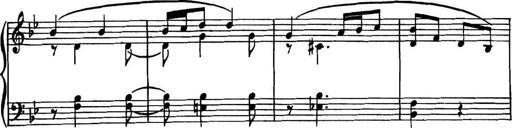
Title: Piano Sonatina in G minor
Composer: John Blackwood McEwen
Key: G minor